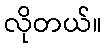
လိုတယ်။